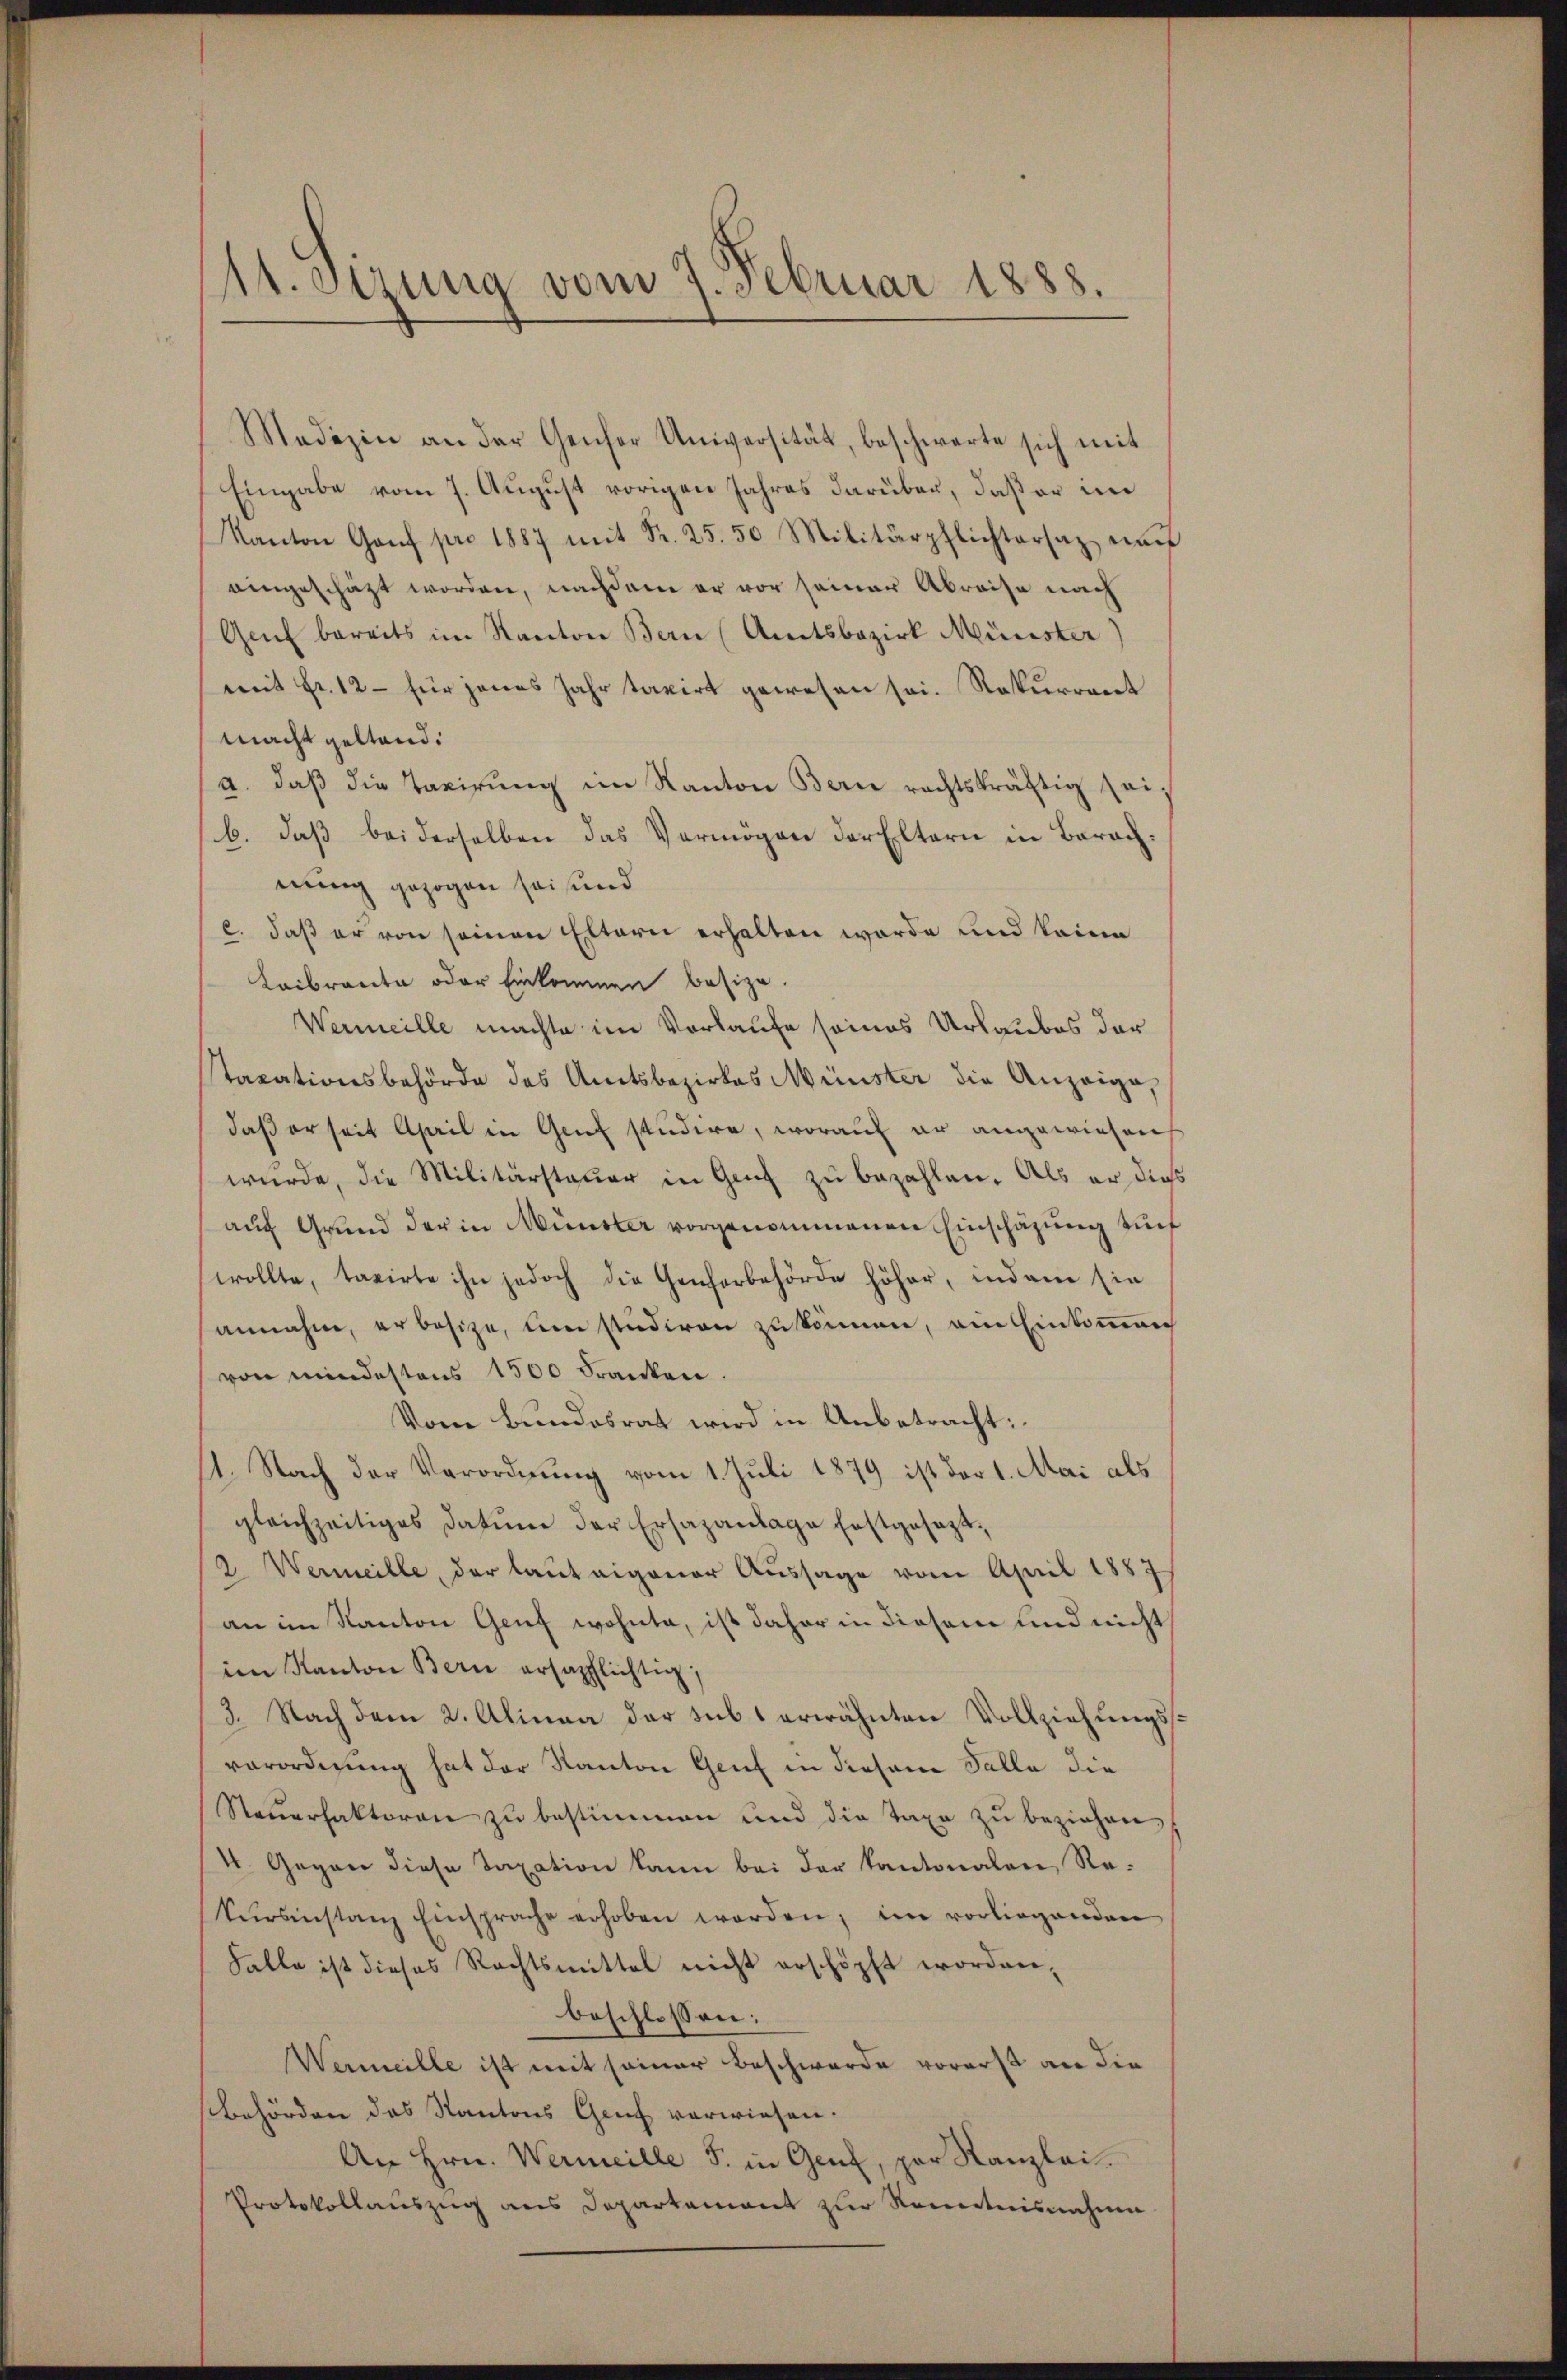
11. Setzung vom 7. Februar 1888.

Medizin an der Genfer Universität, beschwerte sich mit
Eingabe vom 7. August vorigen Jahres darüber, daß er im
Kanton Gaŭf pro 1887 mit Fr. 25. 50 Militärpflichtersaz auf
eingeschäzt worden, nachdem er vor seiner Abreise nach
Genf bereits im Kanton Bern (Amtsbezirk Münster)
mit Fr. 12 - für jenes Jahr taxirt gewesen sei. Rekurrent
macht geltend.
a. daβ die Taxirŭng im Kanton Bern rechtskräftig seib. daß bei derselben das Vermögen der Eltern in Berachnung gezogen sei und
c. daß er von seinen Eltern erhalten worde und keine
Koibrante oder Einkommen besize.
Vermeille machte im Vorlaufe seines Urlaubes der
staxationsbehörde des Amtsbezirkes Münster die Anzeige,
daß er seit April in Genf studire, worauf er angewiesen
wurde, die Militärstauer in Genf zu bezahlen. Als er dies
auf Grund der in Münster vorgenommenen Einschazung auf
wollte, taxirte ihn jedoch die Genherbehörde höher, indem sie
annahm, erbesize, um studiren zu können, ein Einkommen
von mindestens 1500 Franken
Vom Bundesrat wird in Anbetracht:
1. Nach der Verordnung vom 1. Juli 1879 ist der 1. Mai als
gleichzeitiges datum der Ersazanlage festgesezt,
2. Vermeille, der laut eigener Aussage vom April 1887
an im Kanton Genf wohnte, ist daher in diesem und nicht
im Kanton Bern ersapflichtig;
3. Nach dem 2. Alinea der sub 1 erwähnten Vollziehungssverordnung hat der Kanton Genf in Prasana Talla die
Steuerfaktoren zu bestimmen und die Taxe zu beziehen,
4. Gegen diese Taxation kann bei der Kantonalen Re¬
Sursinstanz Einsprache erhoben worden; im vorliegenden
Falle ist dieses Rechtsmittel nicht erschöpft worden,
beschlossen:
Wermeille ist mit seiner Beschwerde vorerst an die
Behörden das Kantons Genf verwiesen.
An Hrn. Wermeille S. in Genf, par Kanzlei.
Protokollauszug aus Departement zur Kenntnisnahme